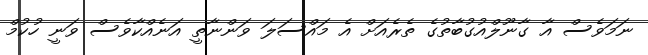
ނަމަވެސް އާ ގާނޫލްއުގުބާތުގެ ތެރެއަށް އެ މައްސަލަ ވަންނާތީ އަނެއްކާވެސް ވަނީ ހުކުމް